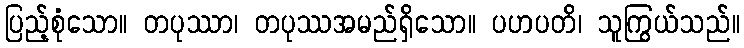
ပြည့်စုံသော။ တပုဿာ၊ တပုဿအမည်ရှိသော။ ပဟပတိ၊ သူကြွယ်သည်။